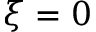
\xi = 0